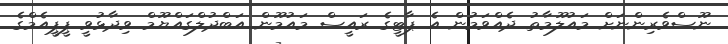
ނޫސްވެރިންނަށް މައުލޫމާތު ދެއްވަމުން އެ ޕާޓީގެ ރައީސް މައުމޫން އަބްދުލްގައްޔޫމް ވިދާޅުވީ ޕީޕީއެމްގެ